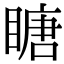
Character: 瞊